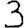
Digit: 3